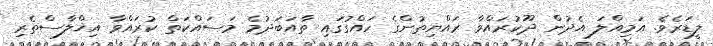
ލީޑަރެވެ. އަމިއްލަ އެދުން ދޫކުރައްވާ ރައްޔިތުންގެ ހައްގުގައި ތާއަބަދުމެ މަސައްކަތް ކުރައްވާ އިޚްލާސްތެރި